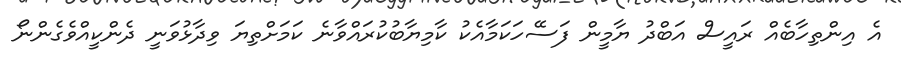
އެ އިންތިހާބެއް ރައީސް އަބްދު ޔާމީން ފަސޭހަކަމާއެކު ކާމިޔާބުކުރައްވާނެ ކަމަށްތިޔަ ވިދާޅުވަނީ ދެންކީއްވެގެންނޯ